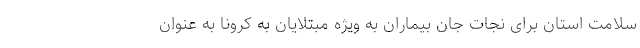
سلامت استان برای نجات جان بیماران به ویژه مبتلایان به کرونا به عنوان